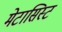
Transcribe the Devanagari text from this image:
मेटासिस्ट